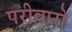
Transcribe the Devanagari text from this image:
परीवारो